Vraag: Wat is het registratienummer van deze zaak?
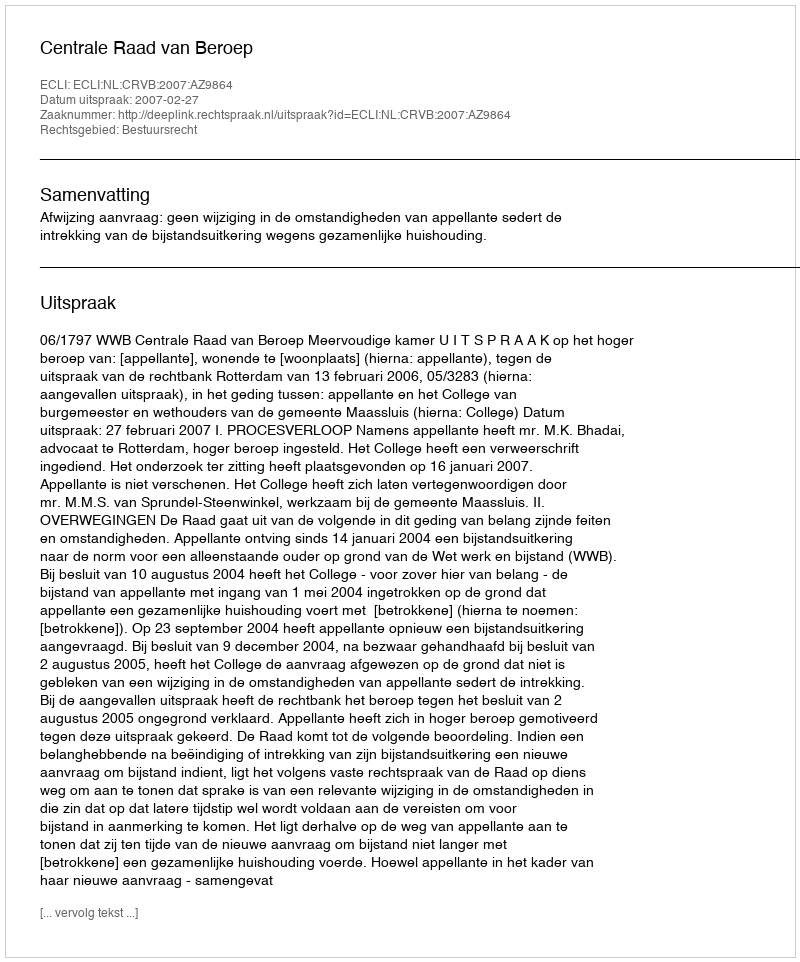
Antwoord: http://deeplink.rechtspraak.nl/uitspraak?id=ECLI:NL:CRVB:2007:AZ9864